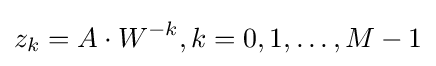
z_{k}=A\cdot W^{-k},k=0,1,\dots ,M-1